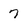
Character: 7